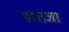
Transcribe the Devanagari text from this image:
हातजा